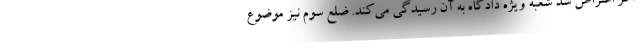
اگر اعتراض شد شعبه ویژه دادگاه به آن رسیدگی می‌کند. ضلع سوم نیز موضوع